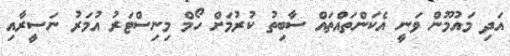
އަދި މައުމޫން ވަނީ އެކަންތައްތައް ސާބިތު ކުރުމަށް ހޯމް މިނިސްޓަރު އުމަރު ނަސީރާއި